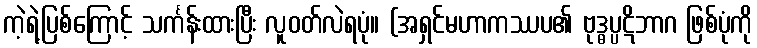
ကဲ့ရဲ့ပြစ်ကြောင့် သင်္ကန်းထားပြီး လူဝတ်လဲရပုံ။ (အရှင်မဟာကဿပ၏ ဗုဒ္ဓပ္ပဋိဘာဂ ဖြစ်ပုံကို